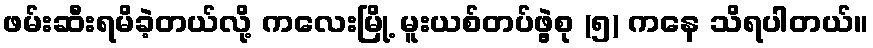
ဖမ်းဆီးရမိခဲ့တယ်လို့ ကလေးမြို့ မူးယစ်တပ်ဖွဲ့စု (၅) ကနေ သိရပါတယ်။